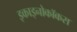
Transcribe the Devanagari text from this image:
इकाइनोकॉकस